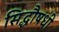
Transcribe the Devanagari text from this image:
सिद्धौषधी